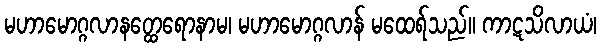
မဟာမောဂ္ဂလာနတ္ထေရောနာမ၊ မဟာမောဂ္ဂလာန် မထေရ်သည်။ ကာဋသိလာယံ၊